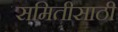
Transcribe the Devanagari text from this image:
समितीसाठी